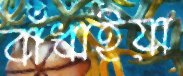
বাঁধাইয়া